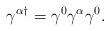
LaTeX: \begin{align*}\gamma^{\alpha\dagger} = \gamma^{0}\gamma^{\alpha}\gamma^{0}.\end{align*}